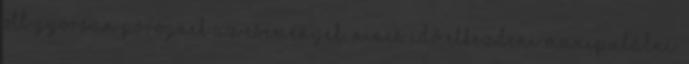
ott gyorsan pörögnek az események, nincs idő elkezdeni manipulálni.